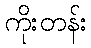
ကိုးတန်း